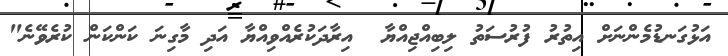
އަޅުގަނޑުމެންނަށް އިތުރު ފުރުސަތު ލިބިއްޖިއްޔާ  އިރާދަކުރެއްވިއްޔާ އަދި މާގިނަ ކަންކަން ކުރެވޭނެ"